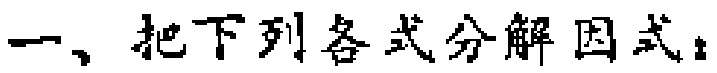
一、把下列各式分解因式：